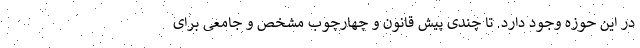
در این حوزه وجود دارد. تا چندی پیش قانون و چهارچوب مشخص و جامعی برای